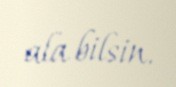
ala bilsin.